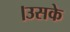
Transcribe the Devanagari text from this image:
।उसके